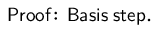
\mathsf { P r o o f \! : \, B a s i s \; s t e p . }